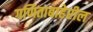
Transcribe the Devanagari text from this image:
गणिताबाहेरील